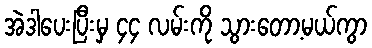
အဲဒါပေးပြီးမှ ၄၄ လမ်းကို သွားတော့မယ်ကွာ